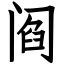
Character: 阎